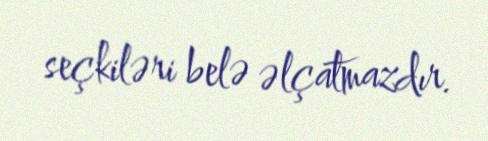
seçkiləri belə əlçatmazdır.